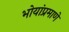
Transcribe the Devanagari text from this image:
भोयांप्रमाणे